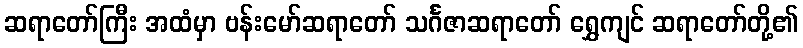
ဆရာတော်ကြီး အထံမှာ ဗန်းမော်ဆရာတော် သင်္ဂဇာဆရာတော် ရွှေကျင် ဆရာတော်တို့၏